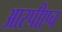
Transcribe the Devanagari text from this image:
आरपीएच